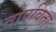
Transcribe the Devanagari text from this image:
तापविता